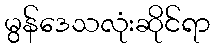
မွန်ဒေသလုံးဆိုင်ရာ